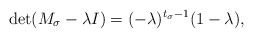
\begin{align*}\mathrm{det}(M_\sigma -\lambda I) = (-\lambda)^{t_\sigma-1}(1-\lambda),\end{align*}